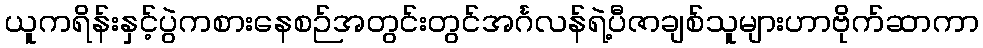
ယူကရိန်းနှင့်ပွဲကစားနေစဉ်အတွင်းတွင်အင်္ဂလန်ရဲ့ပီဇာချစ်သူများဟာဗိုက်ဆာကာ